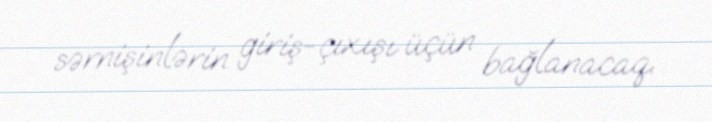
sərnişinlərin giriş-çıxışı üçün bağlanacaq.